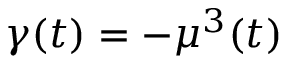
\gamma ( t ) = - \mu ^ { 3 } ( t )